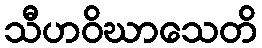
သီဟဝိဃာသေတိ